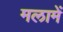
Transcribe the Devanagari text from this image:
मलामें